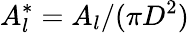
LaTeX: A_{l}^{*}=A_{l}/(\pi D^{2})